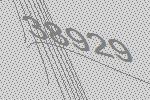
38929